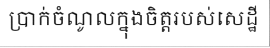
ប្រាក់ចំណូលក្នុងចិត្តរបស់សេដ្ឋី